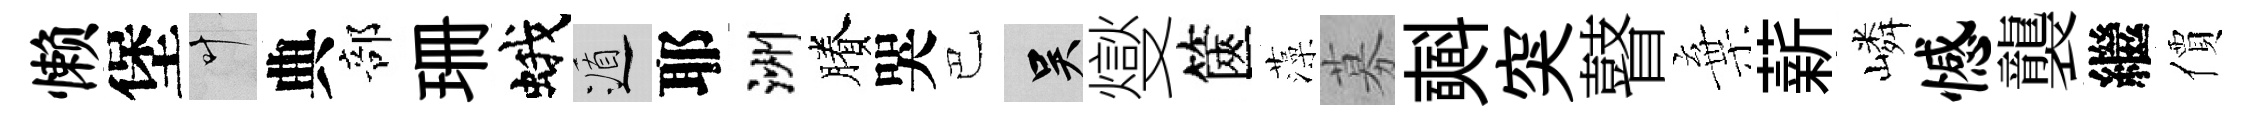
懒堡叶典部珊蛾遁耶洲賸哭巴吴燮篋藻募𣂏突瞽棄薪嶙憾襲繼價